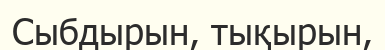
Сыбдырын, тықырын,